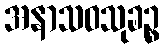
အနာသဝသုခဉ္စ